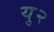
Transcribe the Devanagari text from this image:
यु२